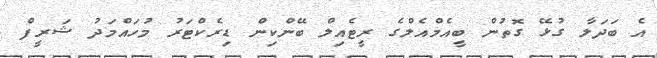
އެ ބަދަލާ ގުޅޭ ގޮތުން ބީއެމްއެލްގެ ރީޓެއިލް ބޭންކިން ޑިރެކްޓަރު މުހައްމަދު ޝަރީފް